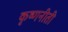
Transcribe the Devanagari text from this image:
कृष्णनीती